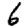
Digit: 6